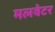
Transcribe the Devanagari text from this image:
मलवेटर